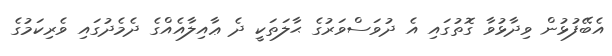
އެބޭފުޅުން ވިދާޅުވާ ގޮތުގައި އެ ދުވަސްވަރުގެ ޙާލަތަކީ ދެ ޢާއިލާއެއްގެ ދެމެދުގައި ވެރިކަމުގެ